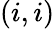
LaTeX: (i,i)